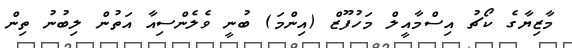
މާޒިޔާގެ ކޯޗު އިސްމާއީލް މަހުފޫޒް (އިންމަ) ބުނީ ވެލެންސިއާ އަތުން ލިބުނު ތިން